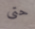
حتى